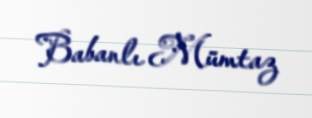
Babanlı Mümtaz